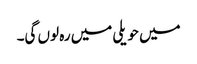
میں حویلی میں رہ لوں گی۔